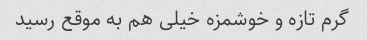
گرم تازه و خوشمزه خیلی هم به موقع رسید